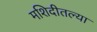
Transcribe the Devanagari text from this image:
मशिदीतल्या